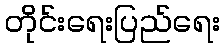
တိုင်းရေးပြည်ရေး